King Institute of Preventive Medicine Micro-Biological Section reports 1912-19
Year: 1912
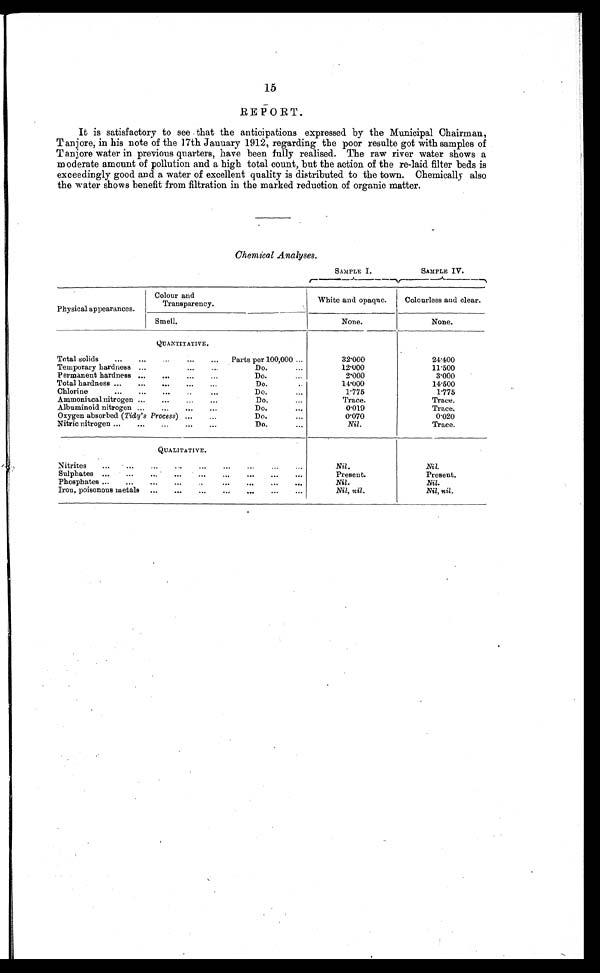
SAMPLE 1.
SAMPLE IV.
15
REPORT.
It is satisfactory to see that the anticipations expressed by the Municipal Chairman,
T anjore, in his note of the 17th January 1912, regarding the poor resulte got with samples of
Tanjore water in previous quarters, have been fully realised. The raw river water shows a
m oderate amount of pollution and a high total count, but the action of the re-laid filter beds is
exceedingly good and a water of excellent quality is distributed to the town. Chemically also
the water shows benefit from filtration in the marked reduction of organic matter.
Chemical Analyses.
Physical appearances.
Colour and
Transparency.
White and opaque.
Colourless and clear.
Smell.
None.
None.
QUANTITATIVE.
Total solids
...
...
...
...
...
Parts per 100,000 ...
32.000
24.400
Temporary hardness ...
...
...
Do....
12.000
11.500
Permanent hardness ...
...
...
...
Do....
3.000
Total hardness ...
...
...
...
...
Do...
14.000
14.500
Chlorine
...
...
...
.....
Do.
...
1.775
1.775
Ammoniacal nitrogen ...
...
...
...
Do....
Trace.
Albuminoid nitrogen ...
...
...
...
Do.
...
0.019
Trace.
Oxygen absorbed (Tidy' s Process) , ...
...
Do.
0.070
0.020
N Nitric nitrogen ...
...
...
...
...
Do.
•••
Nil.
Trace.
QUALITATIVE.
Nitrites
...
...
...
...
...
...
Nil.
Nil.
Sulphates ...
...
...
...
...
...
...
...
...
Present.
Present.
Phosphates ...
...
...
...
..
•••
...
•••
•••
Nil.
Nil.
Iron, poisonous metals
...
...
...
...
.....
...
Nil, nil.
Nil, nil.